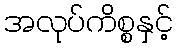
အလုပ်ကိစ္စနှင့်